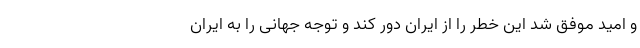
و امید موفق شد این خطر را از ایران دور کند و توجه جهانی را به ایران